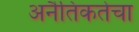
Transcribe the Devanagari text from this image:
अनैतिकतेचा